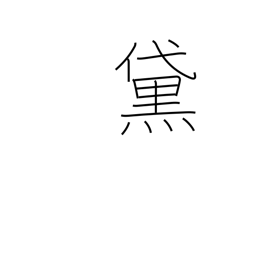
Meaning: blackened eyebrows